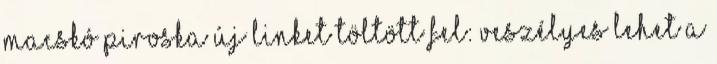
Macskó Piroska új linket töltött fel: Veszélyes lehet a